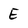
Character: E